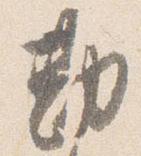
勘